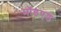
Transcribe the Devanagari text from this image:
मॉडएड